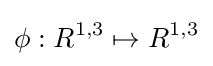
\phi :R^{1,3}\mapsto R^{1,3}